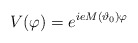
\begin{align*}V(\varphi) = e^{ie M(\vartheta_{0}) \varphi}\end{align*}